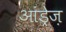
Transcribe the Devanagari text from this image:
आंड्रेज़